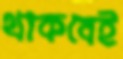
থাকবেই